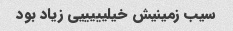
سیب زمینیش خیلیییییی زیاد بود